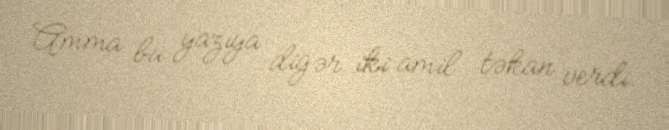
Amma bu yazıya digər iki amil təkan verdi.